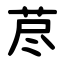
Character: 荩